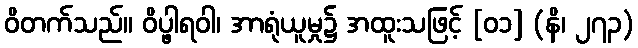
ဝိတက်သည်။ ဝိပ္ဖါရဝါ၊ အာရုံယူမှု၌ အထူးသဖြင့် [၀၁] (နိ၊ ၂၇၃)